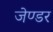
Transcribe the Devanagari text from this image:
जेण्डर